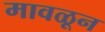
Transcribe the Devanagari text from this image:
मावळून